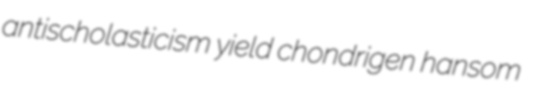
antischolasticism yield chondrigen hansom